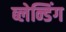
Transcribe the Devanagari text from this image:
ब्लेन्डिंग